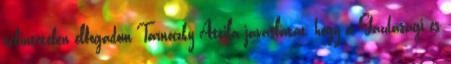
tekintetében elfogadom Tarnóczky Attila javaslatát, hogy a Gazdasági és